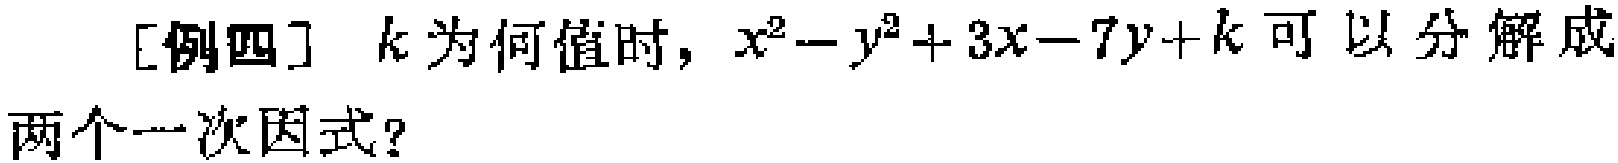
[例四] $k$为何值时，$x^{2}-y^{2}+3x - 7y + k$可以分解成两个一次因式？